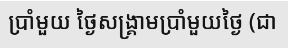
ប្រាំមួយ ថ្ងៃសង្គ្រាមប្រាំមួយថ្ងៃ (ជា